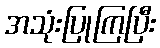
အသုံးပြုကြပြီး